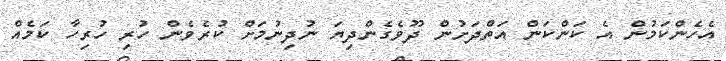
އެހެންކަމުން އެ ކަންކަން އަތްދަށުން ދޫވެގެންދިޔަ ނުދިނުމަށް ކުރެވެން ހުރި ހުރިހާ ކަމެއް